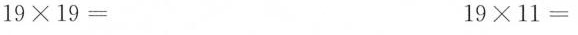
$$1 9 \times 1 9 =$$ $$1 9 \times 1 1 =$$